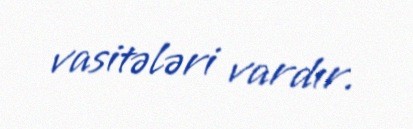
vasitələri vardır.